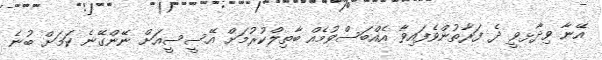
އޭނާ ވިދާޅވީ ދެ ފަރާތުންވެފައިވާ އެއްބަސްވުމެއް ބާތިލްކުރުމަށް އޭސީސީއަށް ނޭންގޭނެ ކަމަށް ބުނެ